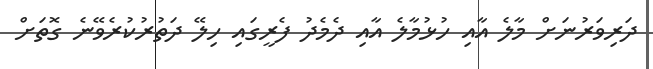
ދަރިވަރުނަށް މާލެ އާއި ހުޅުމާލެ އާއި ދެމެދު ފެރީގައި ހިލޭ ދަތުރުކުރެވޭނެ ގޮތަށް